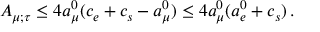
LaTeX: A _ { \mu ; \tau } \leq 4 a _ { \mu } ^ { 0 } ( c _ { e } + c _ { s } - a _ { \mu } ^ { 0 } ) \leq 4 a _ { \mu } ^ { 0 } ( a _ { e } ^ { 0 } + c _ { s } ) \, .